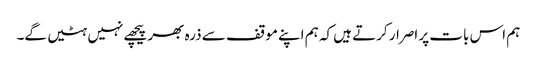
ہم اس بات پر اصرار کرتے ہیں کہ ہم اپنے موقف سے ذرہ بھر پیچھے نہیں ہٹیں گے۔